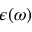
\epsilon ( \omega )